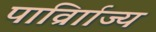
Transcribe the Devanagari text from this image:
पार्व्राािज्य